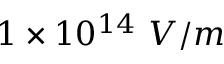
1 \times 1 0 ^ { 1 4 } \ V / m